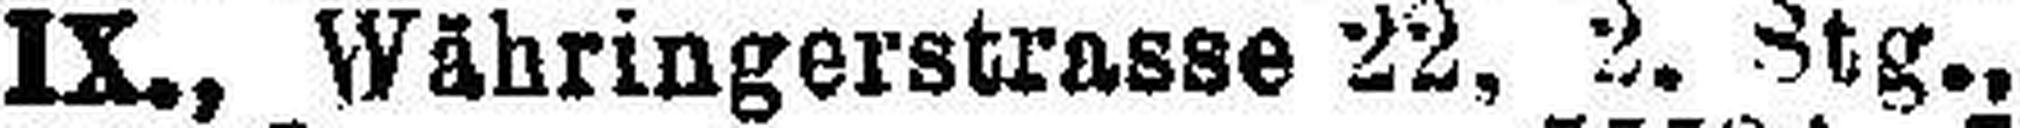
IX., Währingerstrasse 22, 2. Stg.,